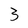
Character: 3